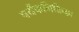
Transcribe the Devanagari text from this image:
पर्यैकभिक्तिका